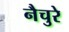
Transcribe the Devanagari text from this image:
नैचुरे